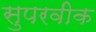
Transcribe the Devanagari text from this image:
सुपरवीक